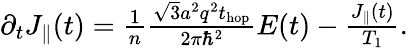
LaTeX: \begin{array}{r}{\partial_{t}J_{\parallel}(t)=\frac{1}{n}\frac{\sqrt{3}a^{2}q^{2}t_{\mathrm{hop}}}{2\pi\hbar^{2}}E(t)-\frac{J_{\parallel}(t)}{T_{1}}.}\end{array}